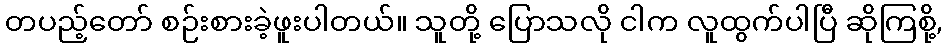
တပည့်တော် စဉ်းစားခဲ့ဖူးပါတယ်။ သူတို့ ပြောသလို ငါက လူထွက်ပါပြီ ဆိုကြစို့,